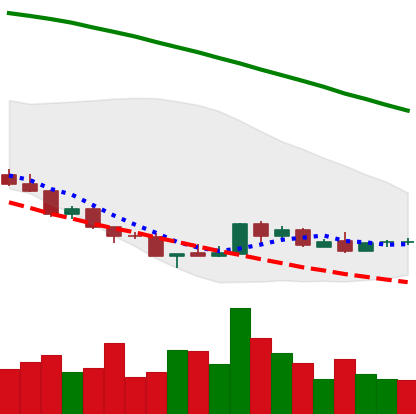
Ticker: NEO-USD
Chart end date: 2018-08-25
Forward return: 10.758%
Label: up_7plus